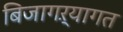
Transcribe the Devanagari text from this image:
बिजागऱ्यागत